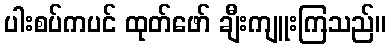
ပါးစပ်ကပင် ထုတ်ဖော် ချီးကျူးကြသည်။